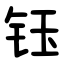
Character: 钰